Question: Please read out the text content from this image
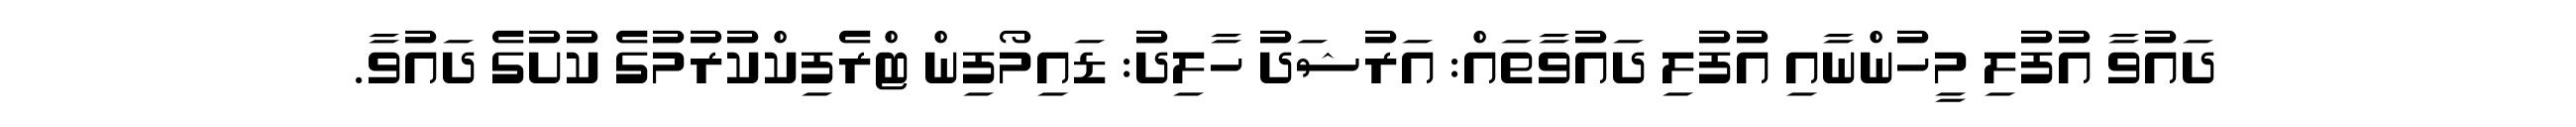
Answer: ދައުވާ އުފުލި މީހުންނާއި އުފުލި ދައުވާތައް: އަރުޝަދު ހާލިދު: ޑައިމޯފިން ޓްރެފިކްކުރުމުގެ ކުށުގެ ދައުވާ.